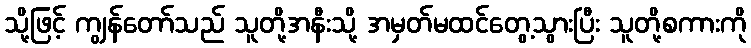
သို့ဖြင့် ကျွန်တော်သည် သူတို့အနီးသို့ အမှတ်မထင်တွေ့သွားပြီး သူတို့စကားကို